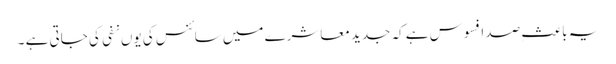
یہ باعثِ صد افسوس ہے کہ جدید معاشرے میں سائنس کی یوں نفی کی جاتی ہے ۔